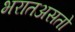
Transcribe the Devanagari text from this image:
भरातअसतो